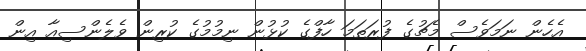
އެހެން ނަމަވެސް މެޗުގެ ފުރަތަމަ ހާފްގެ ކުޅުން ނިމުމުގެ ކުރިން ވެލެންސިއާ އިން